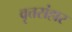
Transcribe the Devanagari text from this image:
वृत्तसंहार